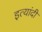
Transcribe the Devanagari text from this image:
इत्यांदी